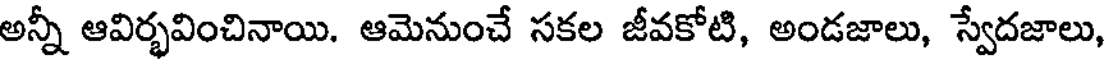
అన్నీ ఆవిర్భవించినాయి. ఆమెనుంచే సకల జీవకోటి, అండజాలు, స్వేదజాలు,